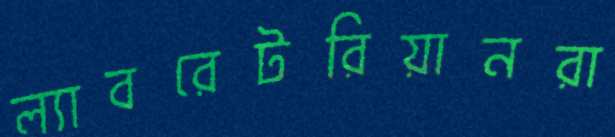
ল্যাবরেটরিয়ানরা